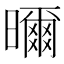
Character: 𭨁